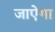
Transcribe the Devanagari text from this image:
जाऐगा